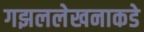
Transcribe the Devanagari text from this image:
गझललेखनाकडे